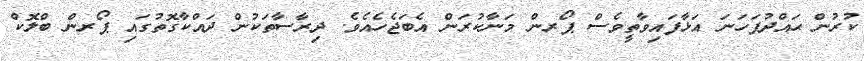
ކުރުން ޙައްދުފަހަނަ އަޅާފައިވާތީވެސް ޕޯރން މަނާކުރަން އެބަޖެހެއެވެ. ދިރާސާތަކުން ދައްކާގޮތުގައި ޕޯރން ބްލޮކް